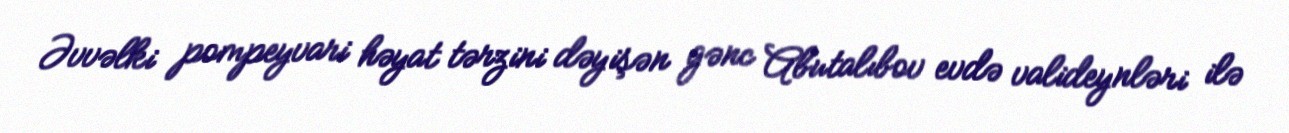
Əvvəlki pompeyvari həyat tərzini dəyişən gənc Abutalıbov evdə valideynləri ilə